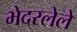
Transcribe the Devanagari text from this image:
भेदरलेले